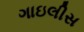
ગાઇલીસ